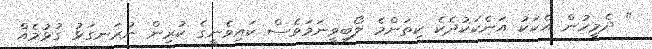
" ދެމީހުން އެކަކު އަނެކަކުދެކެ ކިތަންމެ ލޯބިވީނަމަވެސް ކައިވެނީގެ ކުރިން ނުރަނގަޅު ގުޅުމެއް